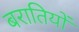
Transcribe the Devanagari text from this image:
बरातियों